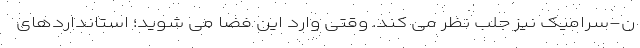
ن-سرامیک نیز جلب نظر می کند. وقتی وارد این فضا می شوید؛ استانداردهای